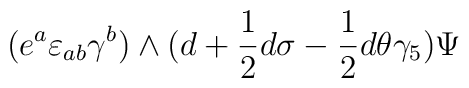
(e^a \varepsilon_{ab} \gamma^b)\wedge (d+{1 \over 2}d\sigma -{1 \over 2}d\theta\gamma_5 ) \Psi